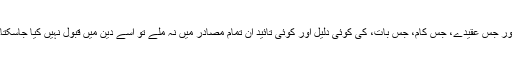
اور جِس عقیدے، جِس کام، جِس بات، کی کوئی دلیل اور کوئی تائید اِن تمام مصادر میں نہ ملے تو اُسے دِین میں قُبول نہیں کیا جاسکتا۔